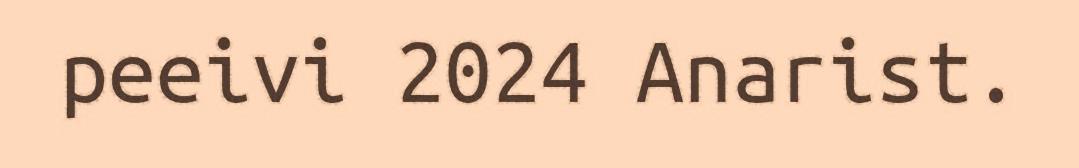
peeivi 2024 Anarist.